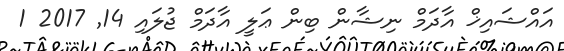
އައްޝައިޚް އާދަމް ނިޝާން ބިން ޢަލީ އާދަމް ޖުލައި 14